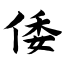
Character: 倭